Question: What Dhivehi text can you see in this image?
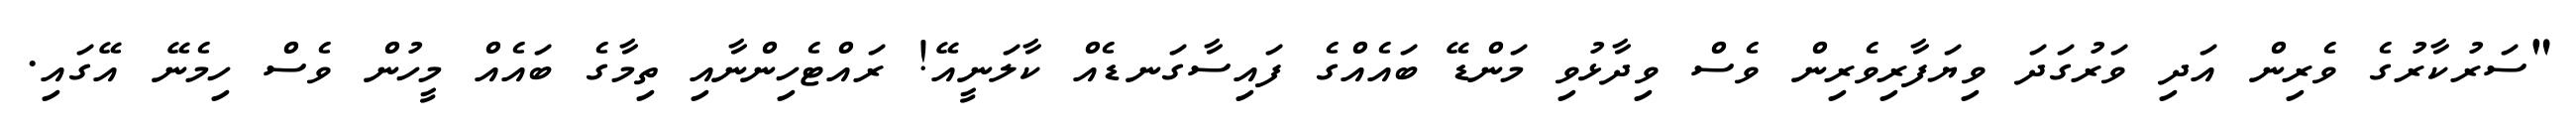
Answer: "ސަރުކާރުގެ ވެރިން އަދި ވަރުގަދަ ވިޔަފާރިވެރިން ވެސް ވިދާޅުވި މަންޑޭ ބައެއްގެ ފައިސާގަނޑެއް ކާލަނީއޭ! ރައްޓެހިންނާއި ތިމާގެ ބައެއް މީހުން ވެސް ހިމެނޭ އޭގައި.